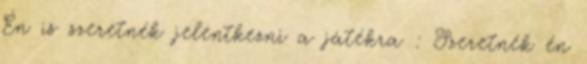
Én is szeretnék jelentkezni a játékra : Szeretnék én